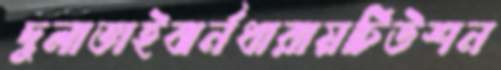
দুলাভাইঝর্নধারায়টিউশন